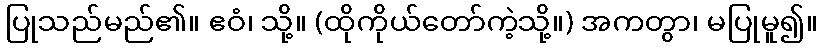
ပြုသည်မည်၏။ ဧဝံ၊ သို့။ (ထိုကိုယ်တော်ကဲ့သို့။) အကတွာ၊ မပြုမူ၍။